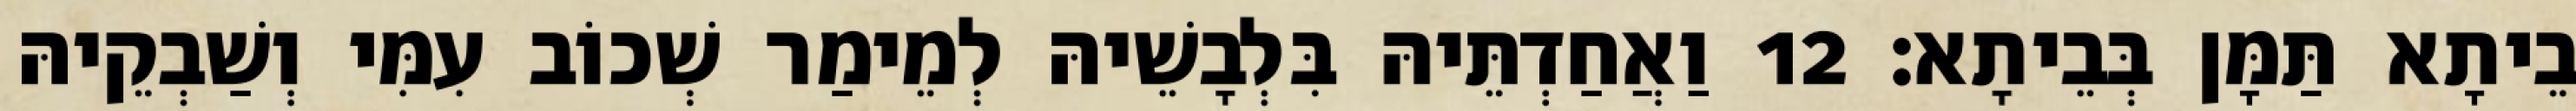
בֵיתָא תַּמָּן בְּבֵיתָא׃ 12 וַאֲחַדְתֵּיהּ בִּלְבָשֵׁיהּ לְמֵימַר שְׁכוֹב עִמִּי וְשַׁבְקֵיהּ